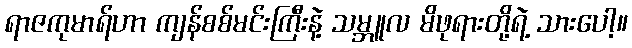
ရာဇကုမာရ်ဟာ ကျန်စစ်မင်းကြီးနဲ့ သမ္ဘူလ မိဖုရားတို့ရဲ့ သားပေါ့။